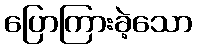
ပြောကြားခဲ့သော